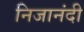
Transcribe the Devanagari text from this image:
निजानंदी